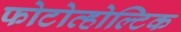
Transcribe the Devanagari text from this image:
फोटोव्होल्टिक